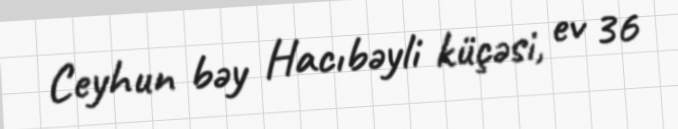
Ceyhun bəy Hacıbəyli küçəsi, ev 36